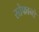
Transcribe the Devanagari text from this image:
स्तेफानो